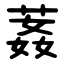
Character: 葌